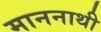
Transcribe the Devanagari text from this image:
माननाथी